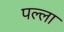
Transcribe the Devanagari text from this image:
पल्‍ला